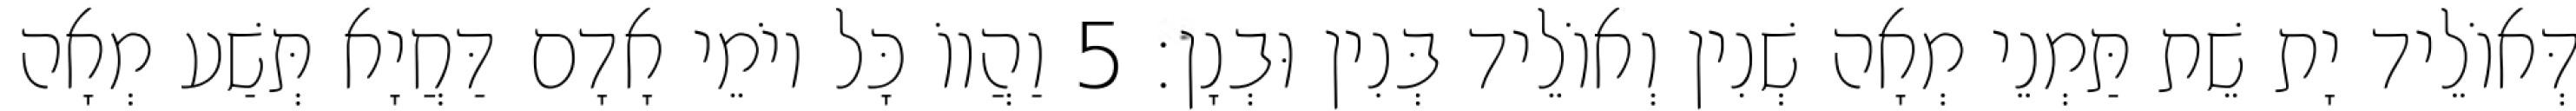
דְּאוֹלֵיד יָת שֵׁת תַּמְנֵי מְאָה שְׁנִין וְאוֹלֵיד בְּנִין וּבְנָן׃ 5 וַהֲווֹ כָּל יוֹמֵי אָדָם דַּחֲיָא תְּשַׁע מְאָה